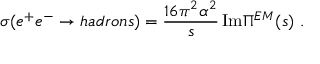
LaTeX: \sigma ( e ^ { + } e ^ { - } \rightarrow h a d r o n s ) = { \frac { 1 6 \pi ^ { 2 } \alpha ^ { 2 } } { s } } \, \mathrm { I m } \Pi ^ { E M } ( s ) \ . \nonumber